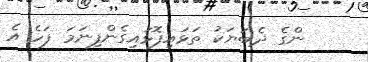
ންގެ ދެބަޔަކު ތަޅައިފޮޅައިގެންފިނަމަ ފަހެ އެ